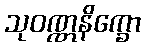
သုဝဏ္ဏနိက္ခော